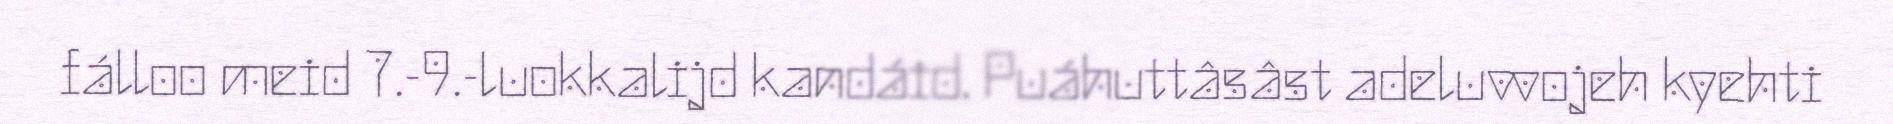
fálloo meid 7.-9.-luokkalijd kandáid. Puáhuttâsâst adeluvvojeh kyehti